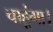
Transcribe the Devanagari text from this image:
चाहूंगा।